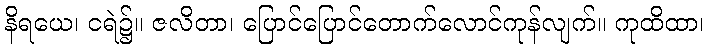
နိရယေ၊ ငရဲ၌။ ဇလိတာ၊ ပြောင်ပြောင်တောက်လောင်ကုန်လျက်။ ကုထိထာ၊